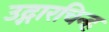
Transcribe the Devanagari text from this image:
उद्गारचिन्ह